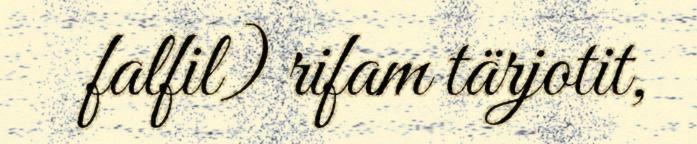
falfil) rifam tärjotit,